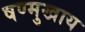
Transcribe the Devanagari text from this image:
षण्मुखाय